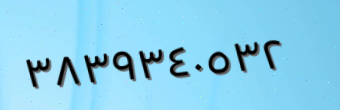
٣٨٣٩٣٤٠٥٣٢